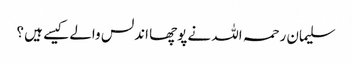
سلیمان رحمہ اللہ نے پوچھا اندلس والے کیسے ہیں ؟